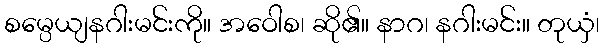
စမ္ပေယျနဂါးမင်းကို။ အဝေါစ၊ ဆို၏။ နာဂ၊ နဂါးမင်း။ တုယှံ၊